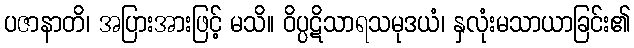
ပဇာနာတိ၊ အပြားအားဖြင့် မသိ။ ဝိပ္ပဋိသာရသမုဒယံ၊ နှလုံးမသာယာခြင်း၏